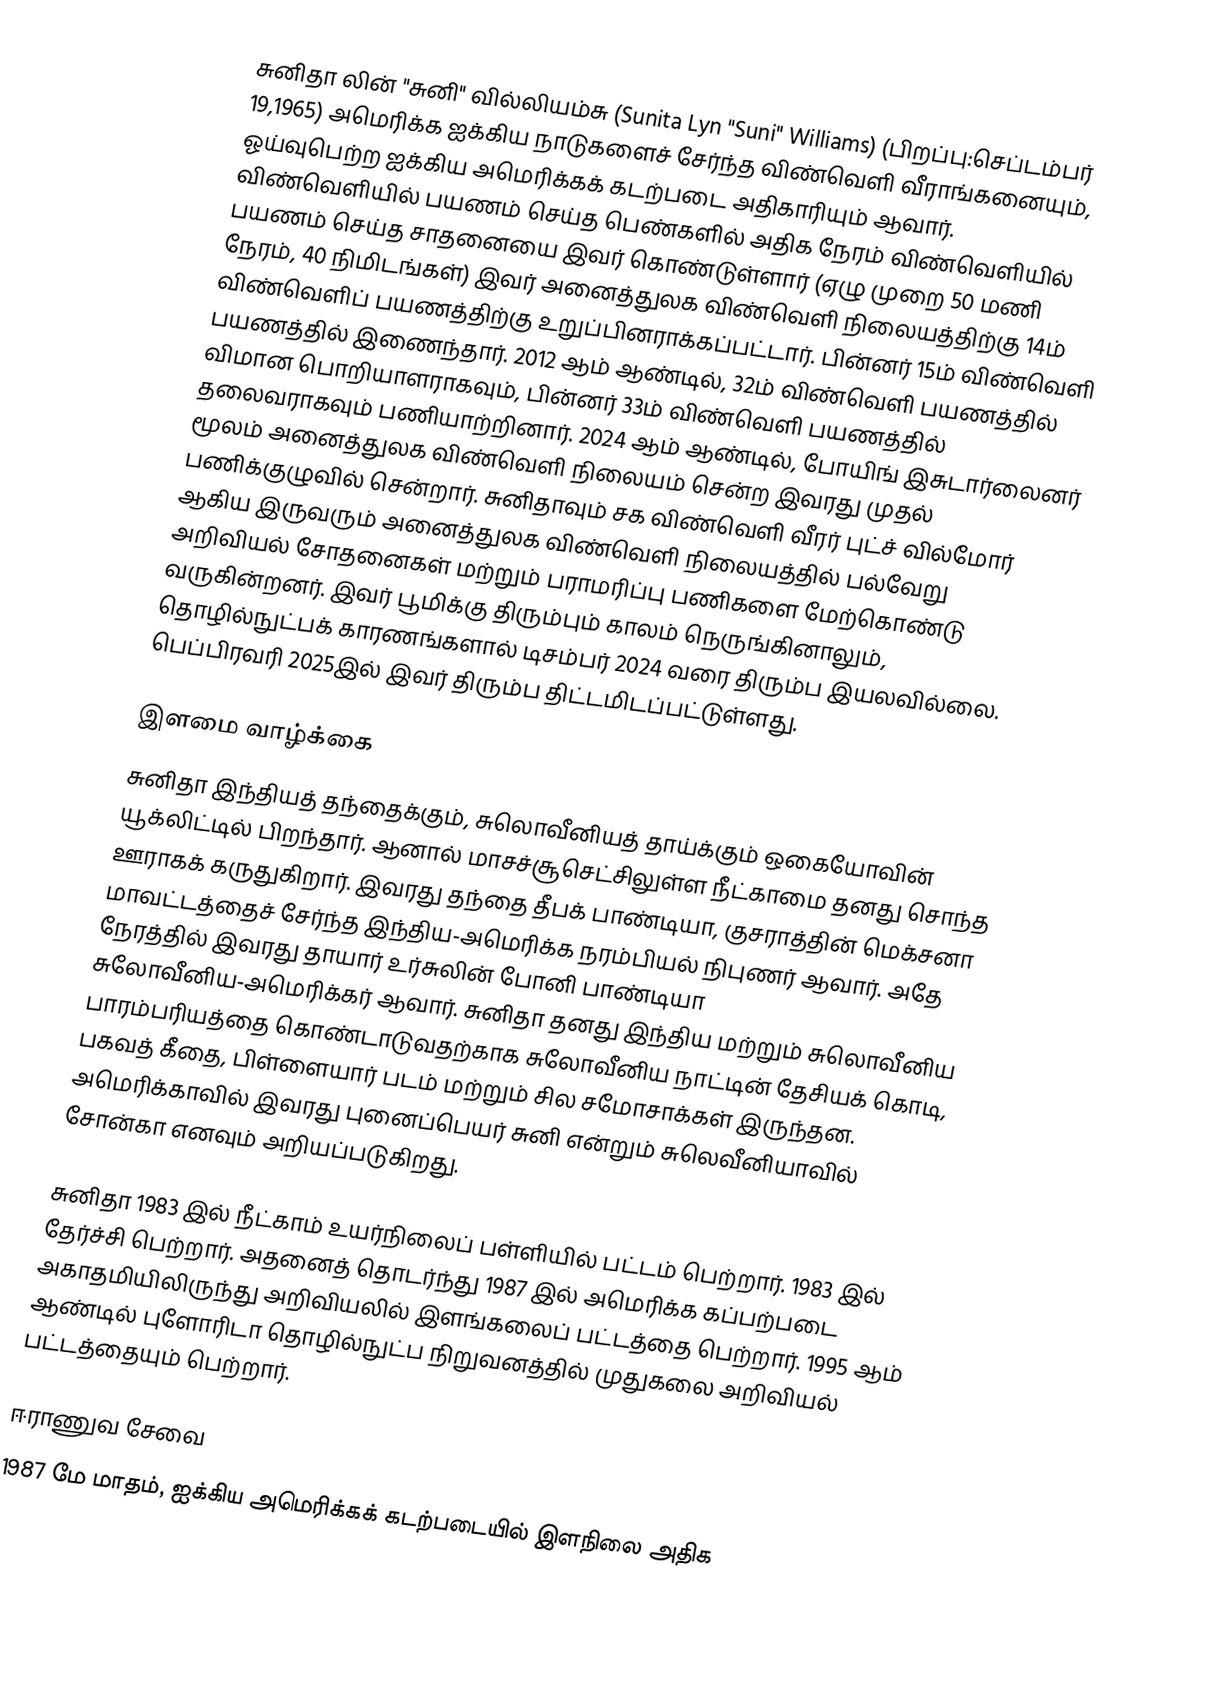
சுனிதா லின் "சுனி" வில்லியம்சு (Sunita Lyn "Suni" Williams) (பிறப்பு:செப்டம்பர் 19,1965) அமெரிக்க ஐக்கிய நாடுகளைச் சேர்ந்த விண்வெளி வீராங்கனையும், ஓய்வுபெற்ற ஐக்கிய அமெரிக்கக் கடற்படை அதிகாரியும் ஆவார். விண்வெளியில் பயணம் செய்த பெண்களில் அதிக நேரம் விண்வெளியில் பயணம் செய்த சாதனையை இவர் கொண்டுள்ளார் (ஏழு முறை 50 மணி நேரம், 40 நிமிடங்கள்) இவர் அனைத்துலக விண்வெளி நிலையத்திற்கு 14ம் விண்வெளிப் பயணத்திற்கு உறுப்பினராக்கப்பட்டார். பின்னர் 15ம் விண்வெளி பயணத்தில் இணைந்தார். 2012 ஆம் ஆண்டில், 32ம் விண்வெளி பயணத்தில் விமான பொறியாளராகவும், பின்னர் 33ம் விண்வெளி பயணத்தில் தலைவராகவும் பணியாற்றினார். 2024 ஆம் ஆண்டில், போயிங் இசுடார்லைனர் மூலம் அனைத்துலக விண்வெளி நிலையம் சென்ற இவரது முதல் பணிக்குழுவில் சென்றார். சுனிதாவும் சக விண்வெளி வீரர் புட்ச் வில்மோர் ஆகிய இருவரும் அனைத்துலக விண்வெளி நிலையத்தில் பல்வேறு அறிவியல் சோதனைகள் மற்றும் பராமரிப்பு பணிகளை மேற்கொண்டு வருகின்றனர். இவர் பூமிக்கு திரும்பும் காலம் நெருங்கினாலும், தொழில்நுட்பக் காரணங்களால் டிசம்பர் 2024 வரை திரும்ப இயலவில்லை. பெப்பிரவரி 2025இல் இவர் திரும்ப திட்டமிடப்பட்டுள்ளது.

இளமை வாழ்க்கை
சுனிதா இந்தியத் தந்தைக்கும், சுலொவீனியத் தாய்க்கும் ஒகையோவின் யூக்லிட்டில் பிறந்தார். ஆனால் மாசச்சூசெட்சிலுள்ள நீட்காமை தனது சொந்த ஊராகக் கருதுகிறார். இவரது தந்தை தீபக் பாண்டியா, குசராத்தின் மெக்சனா மாவட்டத்தைச் சேர்ந்த இந்திய-அமெரிக்க நரம்பியல் நிபுணர் ஆவார். அதே நேரத்தில் இவரது தாயார் உர்சுலின் போனி பாண்டியா சுலோவீனிய-அமெரிக்கர் ஆவார். சுனிதா தனது இந்திய மற்றும் சுலொவீனிய பாரம்பரியத்தை கொண்டாடுவதற்காக சுலோவீனிய நாட்டின் தேசியக் கொடி, பகவத் கீதை, பிள்ளையார் படம் மற்றும் சில சமோசாக்கள் இருந்தன. அமெரிக்காவில் இவரது புனைப்பெயர் சுனி என்றும் சுலெவீனியாவில் சோன்கா எனவும் அறியப்படுகிறது.

சுனிதா 1983 இல் நீட்காம் உயர்நிலைப் பள்ளியில் பட்டம் பெற்றார். 1983 இல் தேர்ச்சி பெற்றார். அதனைத் தொடர்ந்து 1987 இல் அமெரிக்க கப்பற்படை அகாதமியிலிருந்து அறிவியலில் இளங்கலைப் பட்டத்தை  பெற்றார். 1995 ஆம் ஆண்டில் புளோரிடா தொழில்நுட்ப நிறுவனத்தில் முதுகலை அறிவியல் பட்டத்தையும் பெற்றார்.

ஈராணுவ சேவை
1987 மே மாதம், ஐக்கிய அமெரிக்கக் கடற்படையில் இளநிலை அதிக